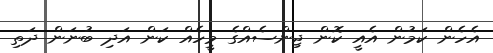
އެހެން ކަމުން އެއީ ކޮން ޖިންސެއްގެ މީހެއް ކަން އަދި ބުނަން ދަތި